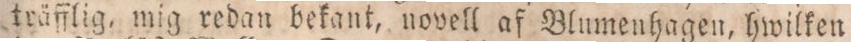
träfflig, mig redan bekant, novell af Blumenhagen, hwilken